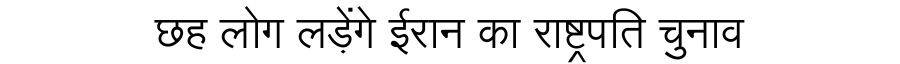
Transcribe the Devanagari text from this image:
छह लोग लड़ेंगे ईरान का राष्ट्रपति चुनाव